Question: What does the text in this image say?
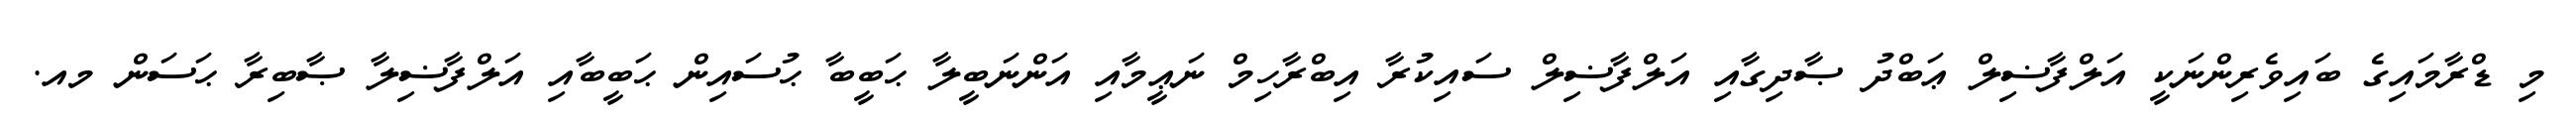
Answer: މި ޑްރާމައިގެ ބައިވެރިންނަކީ އަލްފާޟިލް ޢަބްދު ޞާދިގާއި އަލްފާޟިލް ސައިކުރާ އިބްރާހިމް ނަޢީމާއި އަންނަބީލާ ޙަބީބާ ޙުސައިން ޙަބީބާއި އަލްފާޟިލާ ޞާބިރާ ޙަސަން މއ.